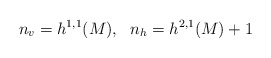
\begin{align*}n_{v} = h^{1,1}(M), ~~n_{h} = h^{2,1}(M) + 1\end{align*}